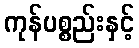
ကုန်ပစ္စည်းနှင့်